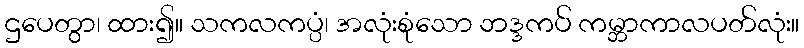
ဌပေတွာ၊ ထား၍။ သကလကပ္ပံ၊ အလုံးစုံသော ဘဒ္ဒကပ် ကမ္ဘာကာလပတ်လုံး။